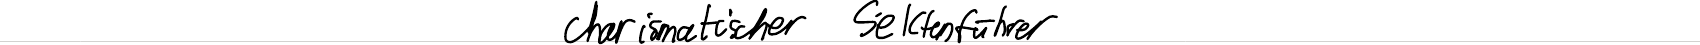
charismatischer Sektenführer